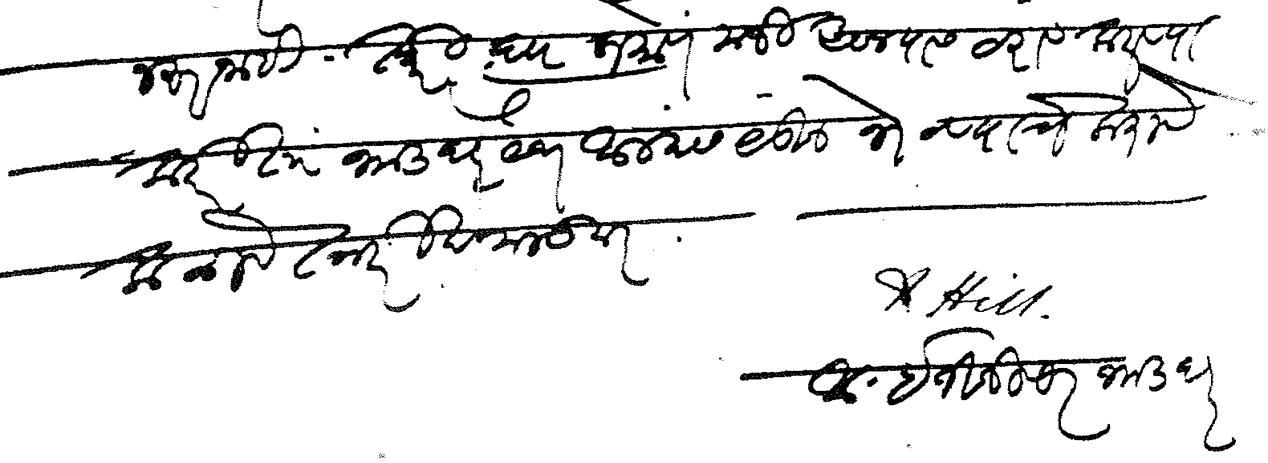
Transliteration (Devanagari): जरूर नाही तरी त्याप्रमाणे मर्जी असल्यास ठराव करण्याकरिता भाडघर येथे आम्हास येऊन भेटण्याचे करावे कळावे तारीख मजकूर आ इंजिनियर भाडपर